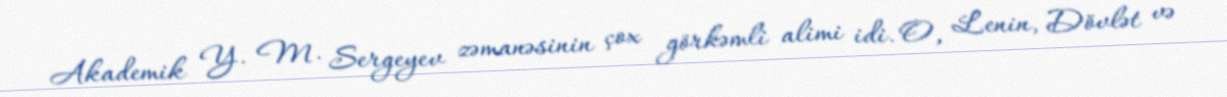
Akademik Y. M. Sergeyev zəmanəsinin çox görkəmli alimi idi. O, Lenin, Dövlət və